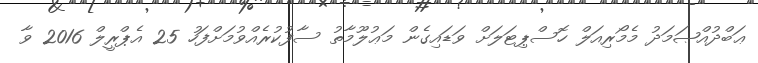
ޢަބްދުއްޞަމަދު މެމޯރިއަލް ހޮސްޕިޓަލަށް ވަޑައިގެން މަޢުލޫމާތު ސާފުކުރެއްވުމަށްފަހު 25 އެޕްރީލް 2016 ވާ